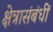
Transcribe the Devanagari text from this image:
क्षेत्रासंबंधीं